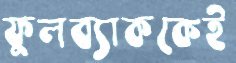
ফুলব্যাককেই